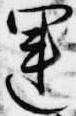
運